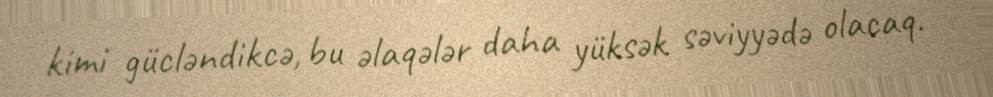
kimi gücləndikcə, bu əlaqələr daha yüksək səviyyədə olacaq.